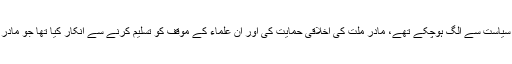
حضرت مفتی محمد شفیع (مرحوم) اور کئی دیگر علماء نے، جو عملی سیاست سے الگ ہوچکے تھے، مادرِ ملّت کی اخلاقی حمایت کی اور اُن علماء کے مؤقف کو تسلیم کرنے سے انکار کیا تھا جو مادرِ ملّت کی مخالفت کے لیے اُن کے خاتون ہونے کو جواز بنا رہے تھے۔